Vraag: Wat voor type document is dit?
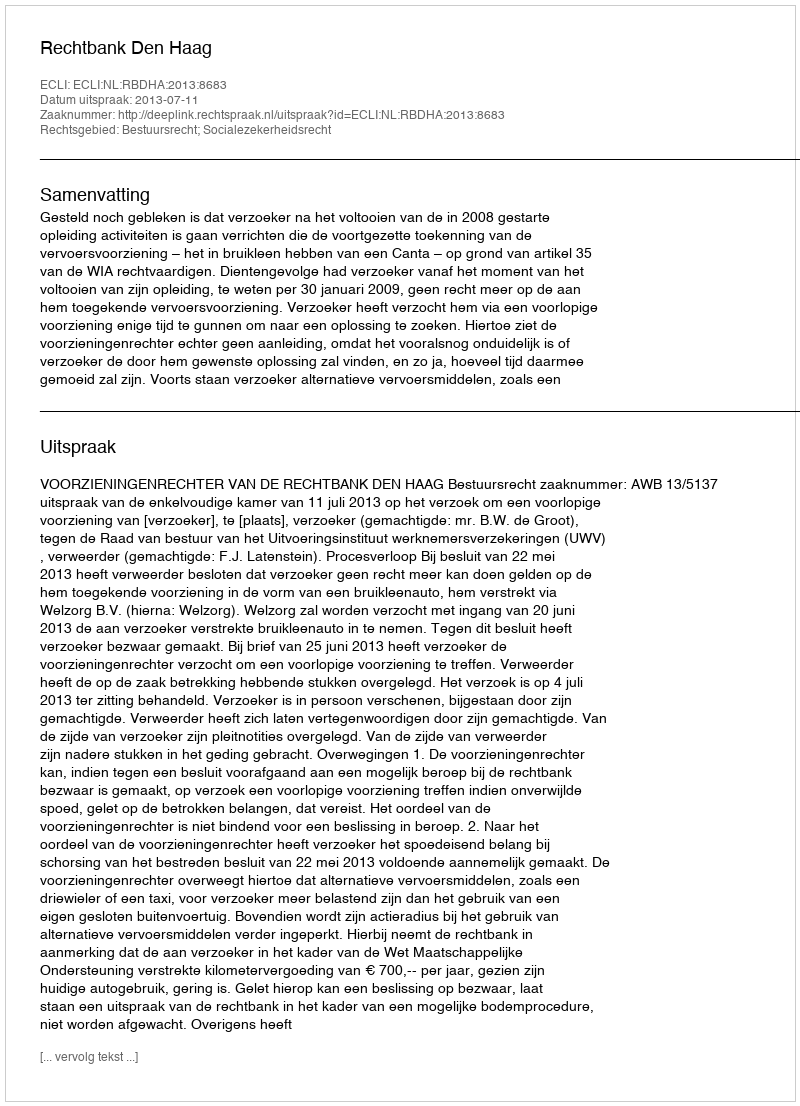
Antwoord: Uitspraak